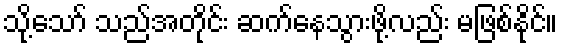
သို့သော် သည်အတိုင်း ဆက်နေသွားဖို့လည်း မဖြစ်နိုင်။